Report of an investigation of the epidemic of malarial fever in Assam, or, kala-azar
Disease focus: Malaria
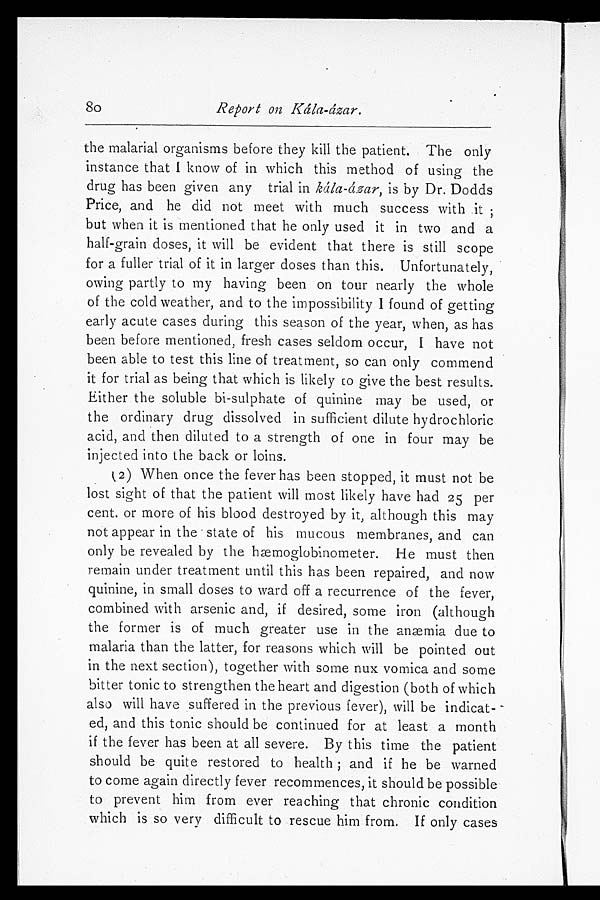
80
Report on Kála-ázar.
the malarial organisms before they kill the patient. The only
instance that I know of in which this method of using the
drug has been given any trial in kála-ázar, is by Dr. Dodds
Price, and he did not meet with much success with it;
but when it is mentioned that he only used it in two and a
half-grain doses, it will be evident that there is still scope
for a fuller trial of it in larger doses than this. Unfortunately,
owing partly to my having been on tour nearly the whole
of the cold weather, and to the impossibility I found of getting
early acute cases during this season of the year, when, as has
been before mentioned, fresh cases seldom occur, I have not
been able to test this line of treatment, so can only commend
it for trial as being that which is likely to give the best results.
Either the soluble bi-sulphate of quinine may be used, or
the ordinary drug dissolved in sufficient dilute hydrochloric
acid, and then diluted to a strength of one in four may be
injected into the back or loins.
(2) When once the fever has been stopped, it must not be
lost sight of that the patient will most likely have had 25 per
cent. or more of his blood destroyed by it, although this may
not appear in the state of his mucous membranes, and can
only be revealed by the hæmoglobinometer. He must then
remain under treatment until this has been repaired, and now
quinine, in small doses to ward off a recurrence of the fever,
combined with arsenic and, if desired, some iron (although
the former is of much greater use in the anæmia due to
malaria than the latter, for reasons which will be pointed out
in the next section), together with some nux vomica and some
bitter tonic to strengthen the heart and digestion (both of which
also will have suffered in the previous fever), will be indicat-
ed, and this tonic should be continued for at least a month
if the fever has been at all severe. By this time the patient
should be quite restored to health ; and if he be warned
to come again directly fever recommences, it should be possible
to prevent him from ever reaching that chronic condition
which is so very difficult to rescue him from. If only cases